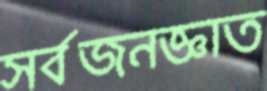
সর্বজনজ্ঞাত